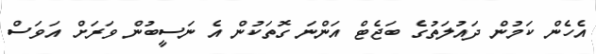
އެހެން ކަމުން ދައުލަތުގެ ބަޖެޓް އަންނަ ގޮތަކުން އެ ނަސީބުން ވަރަށް އަވަސް